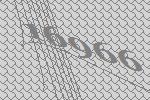
16966